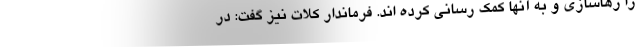
را رهاسازی و به آنها کمک رسانی کرده اند. فرماندار کلات نیز گفت: در